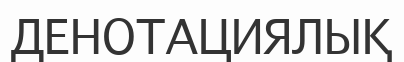
ДЕНОТАЦИЯЛЫҚ